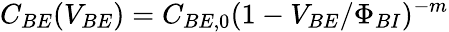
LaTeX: C_{BE}(V_{BE})=C_{BE,0}(1-V_{BE}/\Phi_{BI})^{-m}